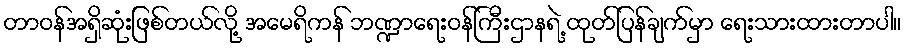
တာဝန်အရှိဆုံးဖြစ်တယ်လို့ အမေရိကန် ဘဏ္ဍာရေးဝန်ကြီးဌာနရဲ့ ထုတ်ပြန်ချက်မှာ ရေးသားထားတာပါ။